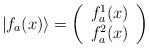
\begin{align*}\vert f_a(x)\rangle=\left(\begin{array}{c} f_a^1(x) \\ f_a^2(x)\end{array}\right)\end{align*}